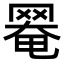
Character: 𦋙